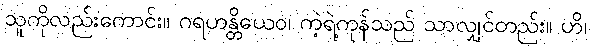
သူကိုလည်းကောင်း။ ဂရဟန္တိယေဝ၊ ကဲ့ရဲ့ကုန်သည် သာလျှင်တည်း။ ဟိ၊